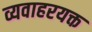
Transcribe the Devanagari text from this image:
व्यवाहरयक्त